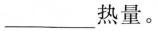
___热量。